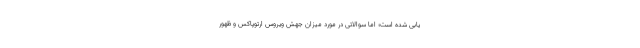
یابی شده است؛ اما سوالاتی در مورد میزان جهش ویروس ارتوپاکس و ظهور